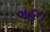
ગહન